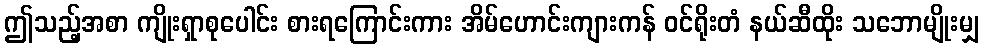
ဤသည့်အစာ ကျိုးရှာစုပေါင်း စားရကြောင်းကား အိမ်ဟောင်းကျားကန် ဝင်ရိုးတံ နယ်ဆီထိုး သဘောမျိုးမျှ